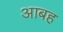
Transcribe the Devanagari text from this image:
आबह